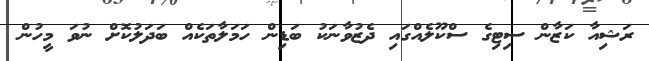
ރަޝިއާ ކަޒާން ސިޓިގެ ސްކޫލެއްގައި ދެޒުވާނަކު ބަޑިން ހަމަލާތަކެއް ބަދަލުކޮށް ނުވަ މީހުން